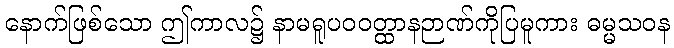
နောက်ဖြစ်သော ဤကာလ၌ နာမရူပဝဝတ္ထာနဉာဏ်ကိုပြမူကား ဓမ္မသဝန